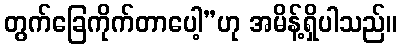
တွက်ခြေကိုက်တာပေါ့”ဟု အမိန့်ရှိပါသည်။